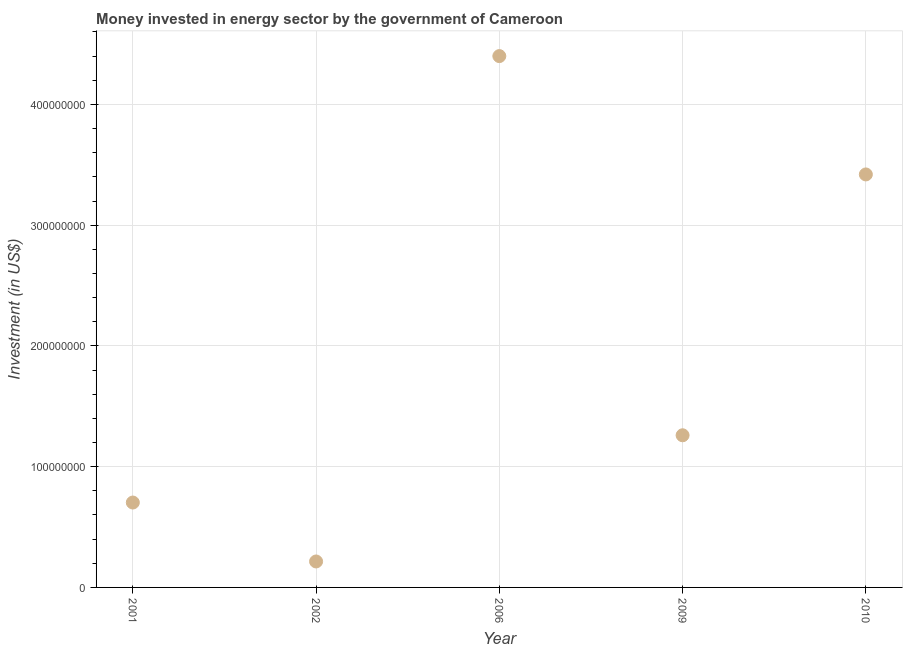
| Year | Investment in energy with private participation (current US$) |
 | --- | --- |
 | 2001 | 7.03e+07 |
 | 2002 | 2.15e+07 |
 | 2006 | 4.4e+08 |
 | 2009 | 1.26e+08 |
 | 2010 | 3.42e+08 |